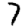
Digit: 7